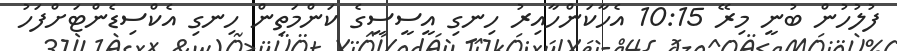
ފުލުހުން ބުނީ މިރޭ 10:15 އެހާކަންހާއިރު ހިނގި އީސީސީގެ ކަންމަތިން ހިނގި އެކްސިޑެންޓަށްފަހު